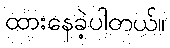
ထားနေခဲ့ပါတယ်။